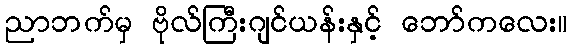
ညာဘက်မှ ဗိုလ်ကြီးဂျင်ယန်းနှင့် ဘော်ကလေး။